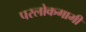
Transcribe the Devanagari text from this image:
परलोकगामी